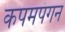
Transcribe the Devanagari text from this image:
कपमपंगन